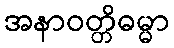
အနာဝတ္တိဓမ္မာ